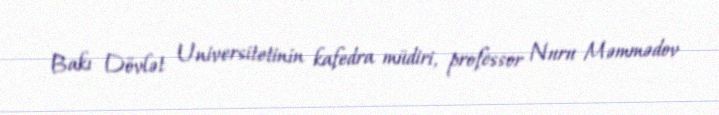
Bakı Dövlət Universitetinin kafedra müdiri, professor Nuru Məmmədov